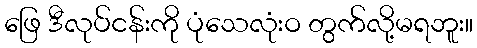
ဖြေ ဒီလုပ်ငန်းကို ပုံသေလုံးဝ တွက်လို့မရဘူး။